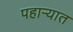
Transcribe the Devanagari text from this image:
पहार्‍यात